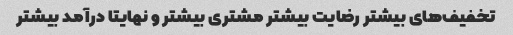
تخفیف‌های بیشتر رضایت بیشتر مشتری بیشتر و نهایتا درآمد بیشتر